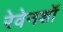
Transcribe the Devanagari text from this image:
रेवेनशॉ